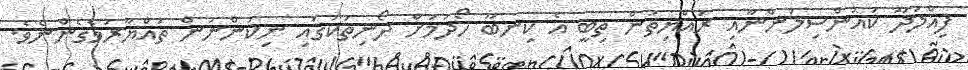
ފިއްލަދޫ ކައުންސިލުންނާއި ރައްޔިތުން ތިބީ އެ ކިނބޫ ހޯދުމަށް ދޯނިތަކުގައި ނިކުންނަން ތައްޔާރުވެގެންނެވެ.